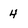
Character: 4